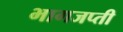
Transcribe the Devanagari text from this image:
भागजप्ती